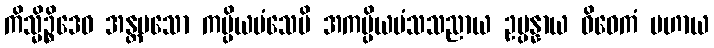
ကိသ္မိဉ္စိဒေဝ အန္တမသော ကပ္ပိယမံသေပိ အကပ္ပိယမံသသညာယ ဥပ္ပန္နာယ ဝိဝေကံ ပဟာယ